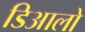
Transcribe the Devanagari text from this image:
डिआलो